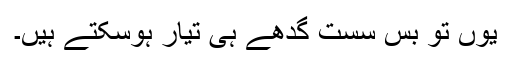
یوں تو بس سست گدھے ہی تیار ہوسکتے ہیں۔